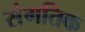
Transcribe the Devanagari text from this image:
संगतिक